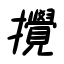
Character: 攪